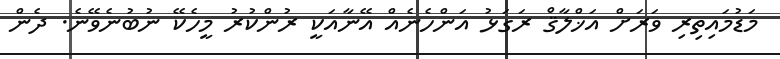
މަޑުމައިތިރި ވަރަށް އަޚްލާޤް ރަގަޅު އަންހެނެއް އޭނާއަކީ ރުންކުރު މީހެކޭ ނުބުނެވޭނެ. ދެން